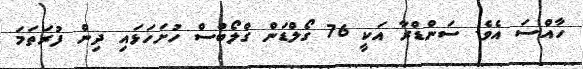
ހާއްސަ އެވެ. ސަންޑްރާ އަކީ 76 ގޯލްޑަން ގްލޯބްސް ހުށަހަޅައި ދިން ފުރަތަމަ